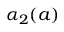
\alpha _ { 2 } ( a )